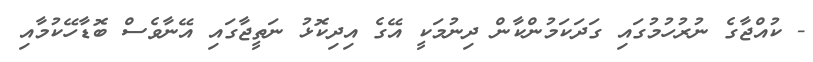
- ކުއްޖާގެ ނުރުހުމުގައި ގަދަކަމުންކާން ދިނުމަކީ އޭގެ އިދިކޮޅު ނަތީޖާގައި އޭނާވެސް ބޮޑާހޭކުމާއި